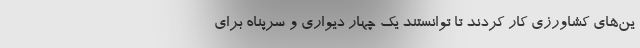
ین‌های کشاورزی کار کردند تا توانستند یک چهار دیواری و سرپناه برای